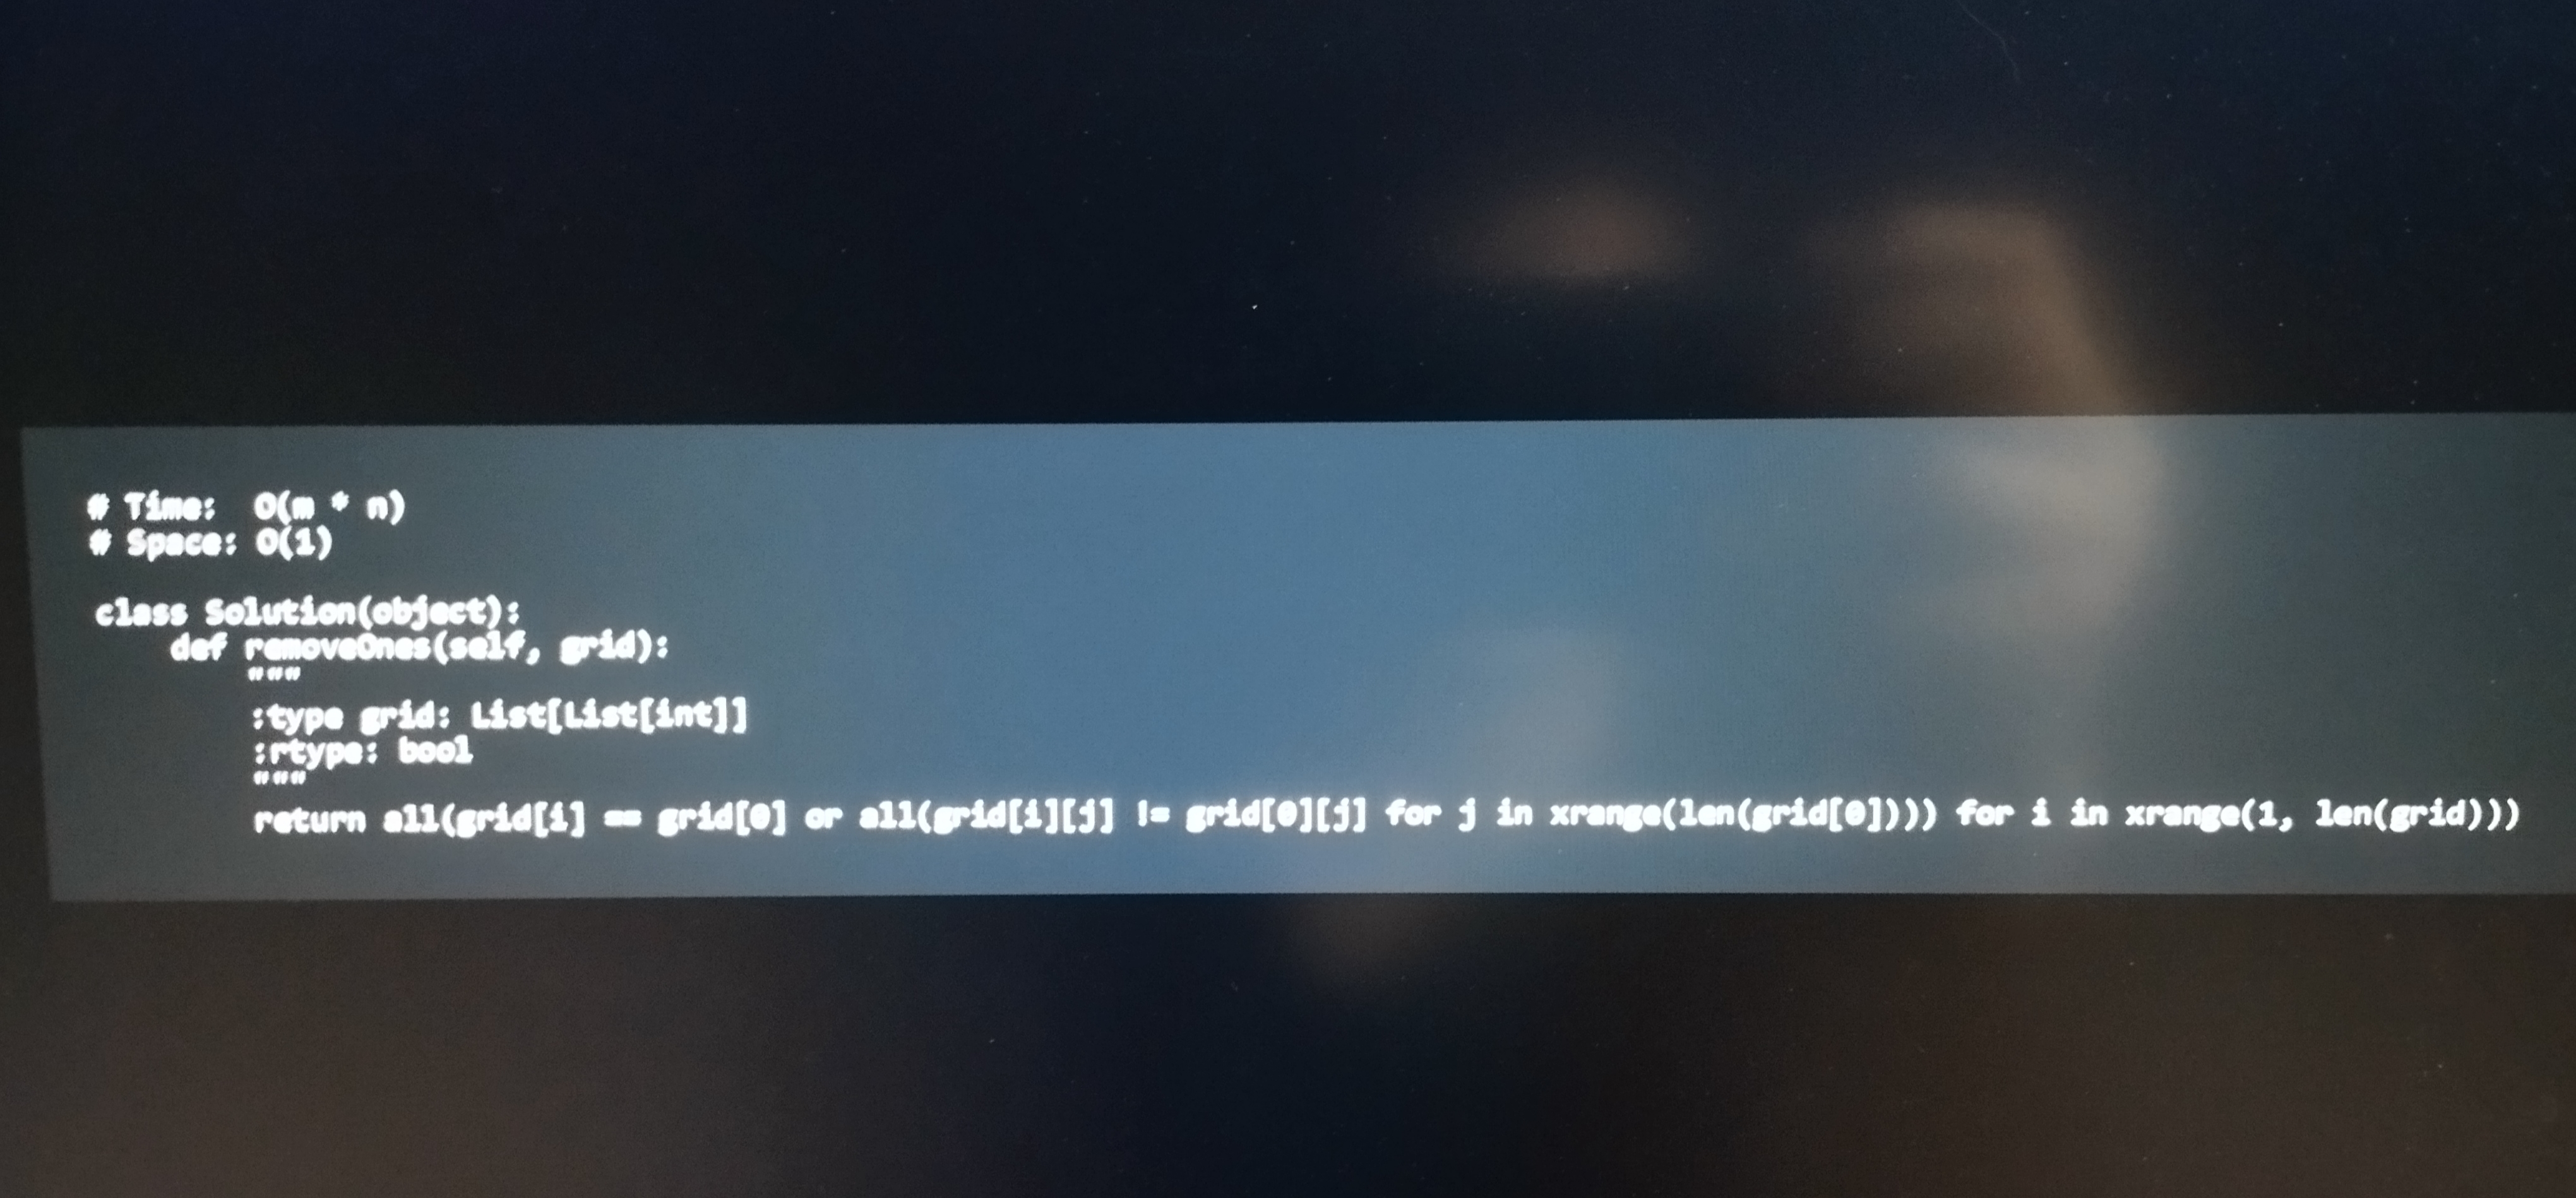
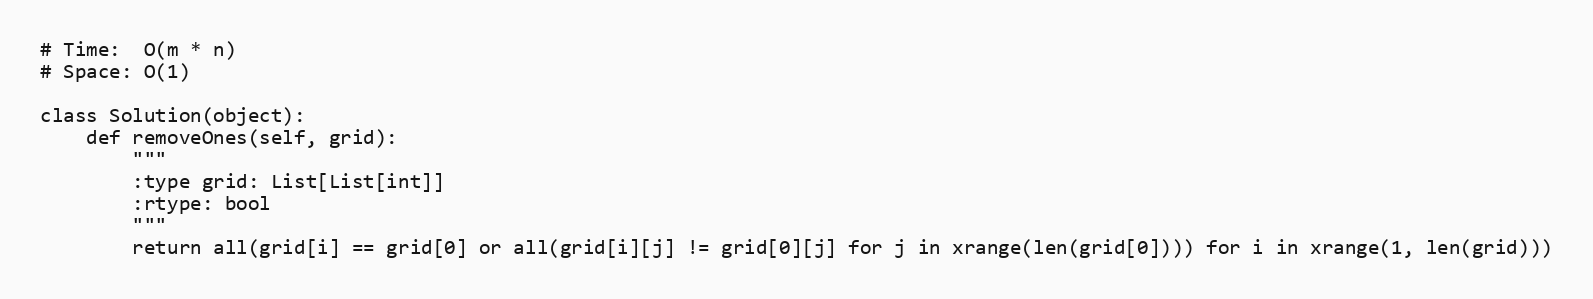
# Time:  O(m * n)
# Space: O(1)

class Solution(object):
    def removeOnes(self, grid):
        """
        :type grid: List[List[int]]
        :rtype: bool
        """
        return all(grid[i] == grid[0] or all(grid[i][j] != grid[0][j] for j in xrange(len(grid[0]))) for i in xrange(1, len(grid)))